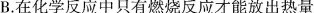
B.在化学反应中只有燃烧反应才能放出热量